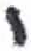
אות: י